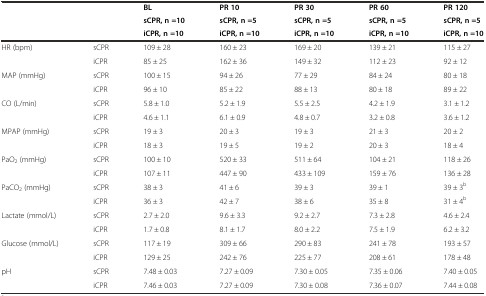
<table><thead><tr><td rowspan="3"></td><td rowspan="3"></td><td><b>BL</b></td><td><b>PR 10</b></td><td><b>PR 30</b></td><td><b>PR 60</b></td><td><b>PR 120</b></td></tr><tr><td><b>sCPR, n =10</b></td><td><b>sCPR, n =5</b></td><td><b>sCPR, n =5</b></td><td><b>sCPR, n =5</b></td><td><b>sCPR, n =5</b></td></tr><tr><td><b>iCPR, n =10</b></td><td><b>iCPR, n =10</b></td><td><b>iCPR, n =10</b></td><td><b>iCPR, n =10</b></td><td><b>iCPR, n =10</b></td></tr></thead><tbody><tr><td>HR (bpm)</td><td>sCPR</td><td>109 ± 28</td><td>160 ± 23</td><td>169 ± 20</td><td>139 ± 21</td><td>115 ± 27</td></tr><tr><td></td><td>iCPR</td><td>85 ± 25</td><td>162 ± 36</td><td>149 ± 32</td><td>112 ± 23</td><td>92 ± 12</td></tr><tr><td>MAP (mmHg)</td><td>sCPR</td><td>100 ± 15</td><td>94 ± 26</td><td>77 ± 29</td><td>84 ± 24</td><td>80 ± 18</td></tr><tr><td></td><td>iCPR</td><td>96 ± 10</td><td>85 ± 22</td><td>88 ± 13</td><td>80 ± 18</td><td>89 ± 22</td></tr><tr><td>CO (L/min)</td><td>sCPR</td><td>5.8 ± 1.0</td><td>5.2 ± 1.9</td><td>5.5 ± 2.5</td><td>4.2 ± 1.9</td><td>3.1 ± 1.2</td></tr><tr><td></td><td>iCPR</td><td>4.6 ± 1.1</td><td>6.1 ± 0.9</td><td>4.8 ± 0.7</td><td>3.2 ± 0.8</td><td>3.6 ± 1.2</td></tr><tr><td>MPAP (mmHg)</td><td>sCPR</td><td>19 ± 3</td><td>20 ± 3</td><td>19 ± 3</td><td>21 ± 3</td><td>20 ± 2</td></tr><tr><td></td><td>iCPR</td><td>18 ± 3</td><td>19 ± 5</td><td>19 ± 2</td><td>20 ± 3</td><td>18 ± 4</td></tr><tr><td>PaO<sub>2</sub> (mmHg)</td><td>sCPR</td><td>100 ± 10</td><td>520 ± 33</td><td>511 ± 64</td><td>104 ± 21</td><td>118 ± 26</td></tr><tr><td></td><td>iCPR</td><td>107 ± 11</td><td>447 ± 90</td><td>433 ± 109</td><td>159 ± 76</td><td>136 ± 28</td></tr><tr><td>PaCO<sub>2</sub> (mmHg)</td><td>sCPR</td><td>38 ± 3</td><td>41 ± 6</td><td>39 ± 3</td><td>39 ± 1</td><td>39 ± 3<sup>b</sup></td></tr><tr><td></td><td>iCPR</td><td>36 ± 3</td><td>42 ± 7</td><td>38 ± 6</td><td>35 ± 8</td><td>31 ± 4<sup>b</sup></td></tr><tr><td>Lactate (mmol/L)</td><td>sCPR</td><td>2.7 ± 2.0</td><td>9.6 ± 3.3</td><td>9.2 ± 2.7</td><td>7.3 ± 2.8</td><td>4.6 ± 2.4</td></tr><tr><td></td><td>iCPR</td><td>1.7 ± 0.8</td><td>8.1 ± 1.7</td><td>8.0 ± 2.2</td><td>7.5 ± 1.9</td><td>6.2 ± 3.2</td></tr><tr><td>Glucose (mmol/L)</td><td>sCPR</td><td>117 ± 19</td><td>309 ± 66</td><td>290 ± 83</td><td>241 ± 78</td><td>193 ± 57</td></tr><tr><td></td><td>iCPR</td><td>129 ± 25</td><td>242 ± 76</td><td>225 ± 77</td><td>208 ± 61</td><td>178 ± 48</td></tr><tr><td>pH</td><td>sCPR</td><td>7.48 ± 0.03</td><td>7.27 ± 0.09</td><td>7.30 ± 0.05</td><td>7.35 ± 0.06</td><td>7.40 ± 0.05</td></tr><tr><td></td><td>iCPR</td><td>7.46 ± 0.03</td><td>7.27 ± 0.09</td><td>7.30 ± 0.08</td><td>7.36 ± 0.07</td><td>7.44 ± 0.08</td></tr></tbody></table>